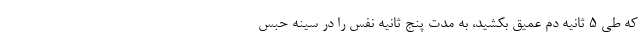
که طی 5 ثانیه دَم عمیق بکشید، به مدت پنج ثانیه نفس را در سینه حبس